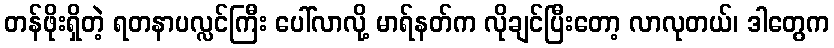
တန်ဖိုးရှိတဲ့ ရတနာပလ္လင်ကြီး ပေါ်လာလို့ မာရ်နတ်က လိုချင်ပြီးတော့ လာလုတယ်၊ ဒါတွေက